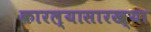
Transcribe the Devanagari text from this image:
कारल्यासारख्या